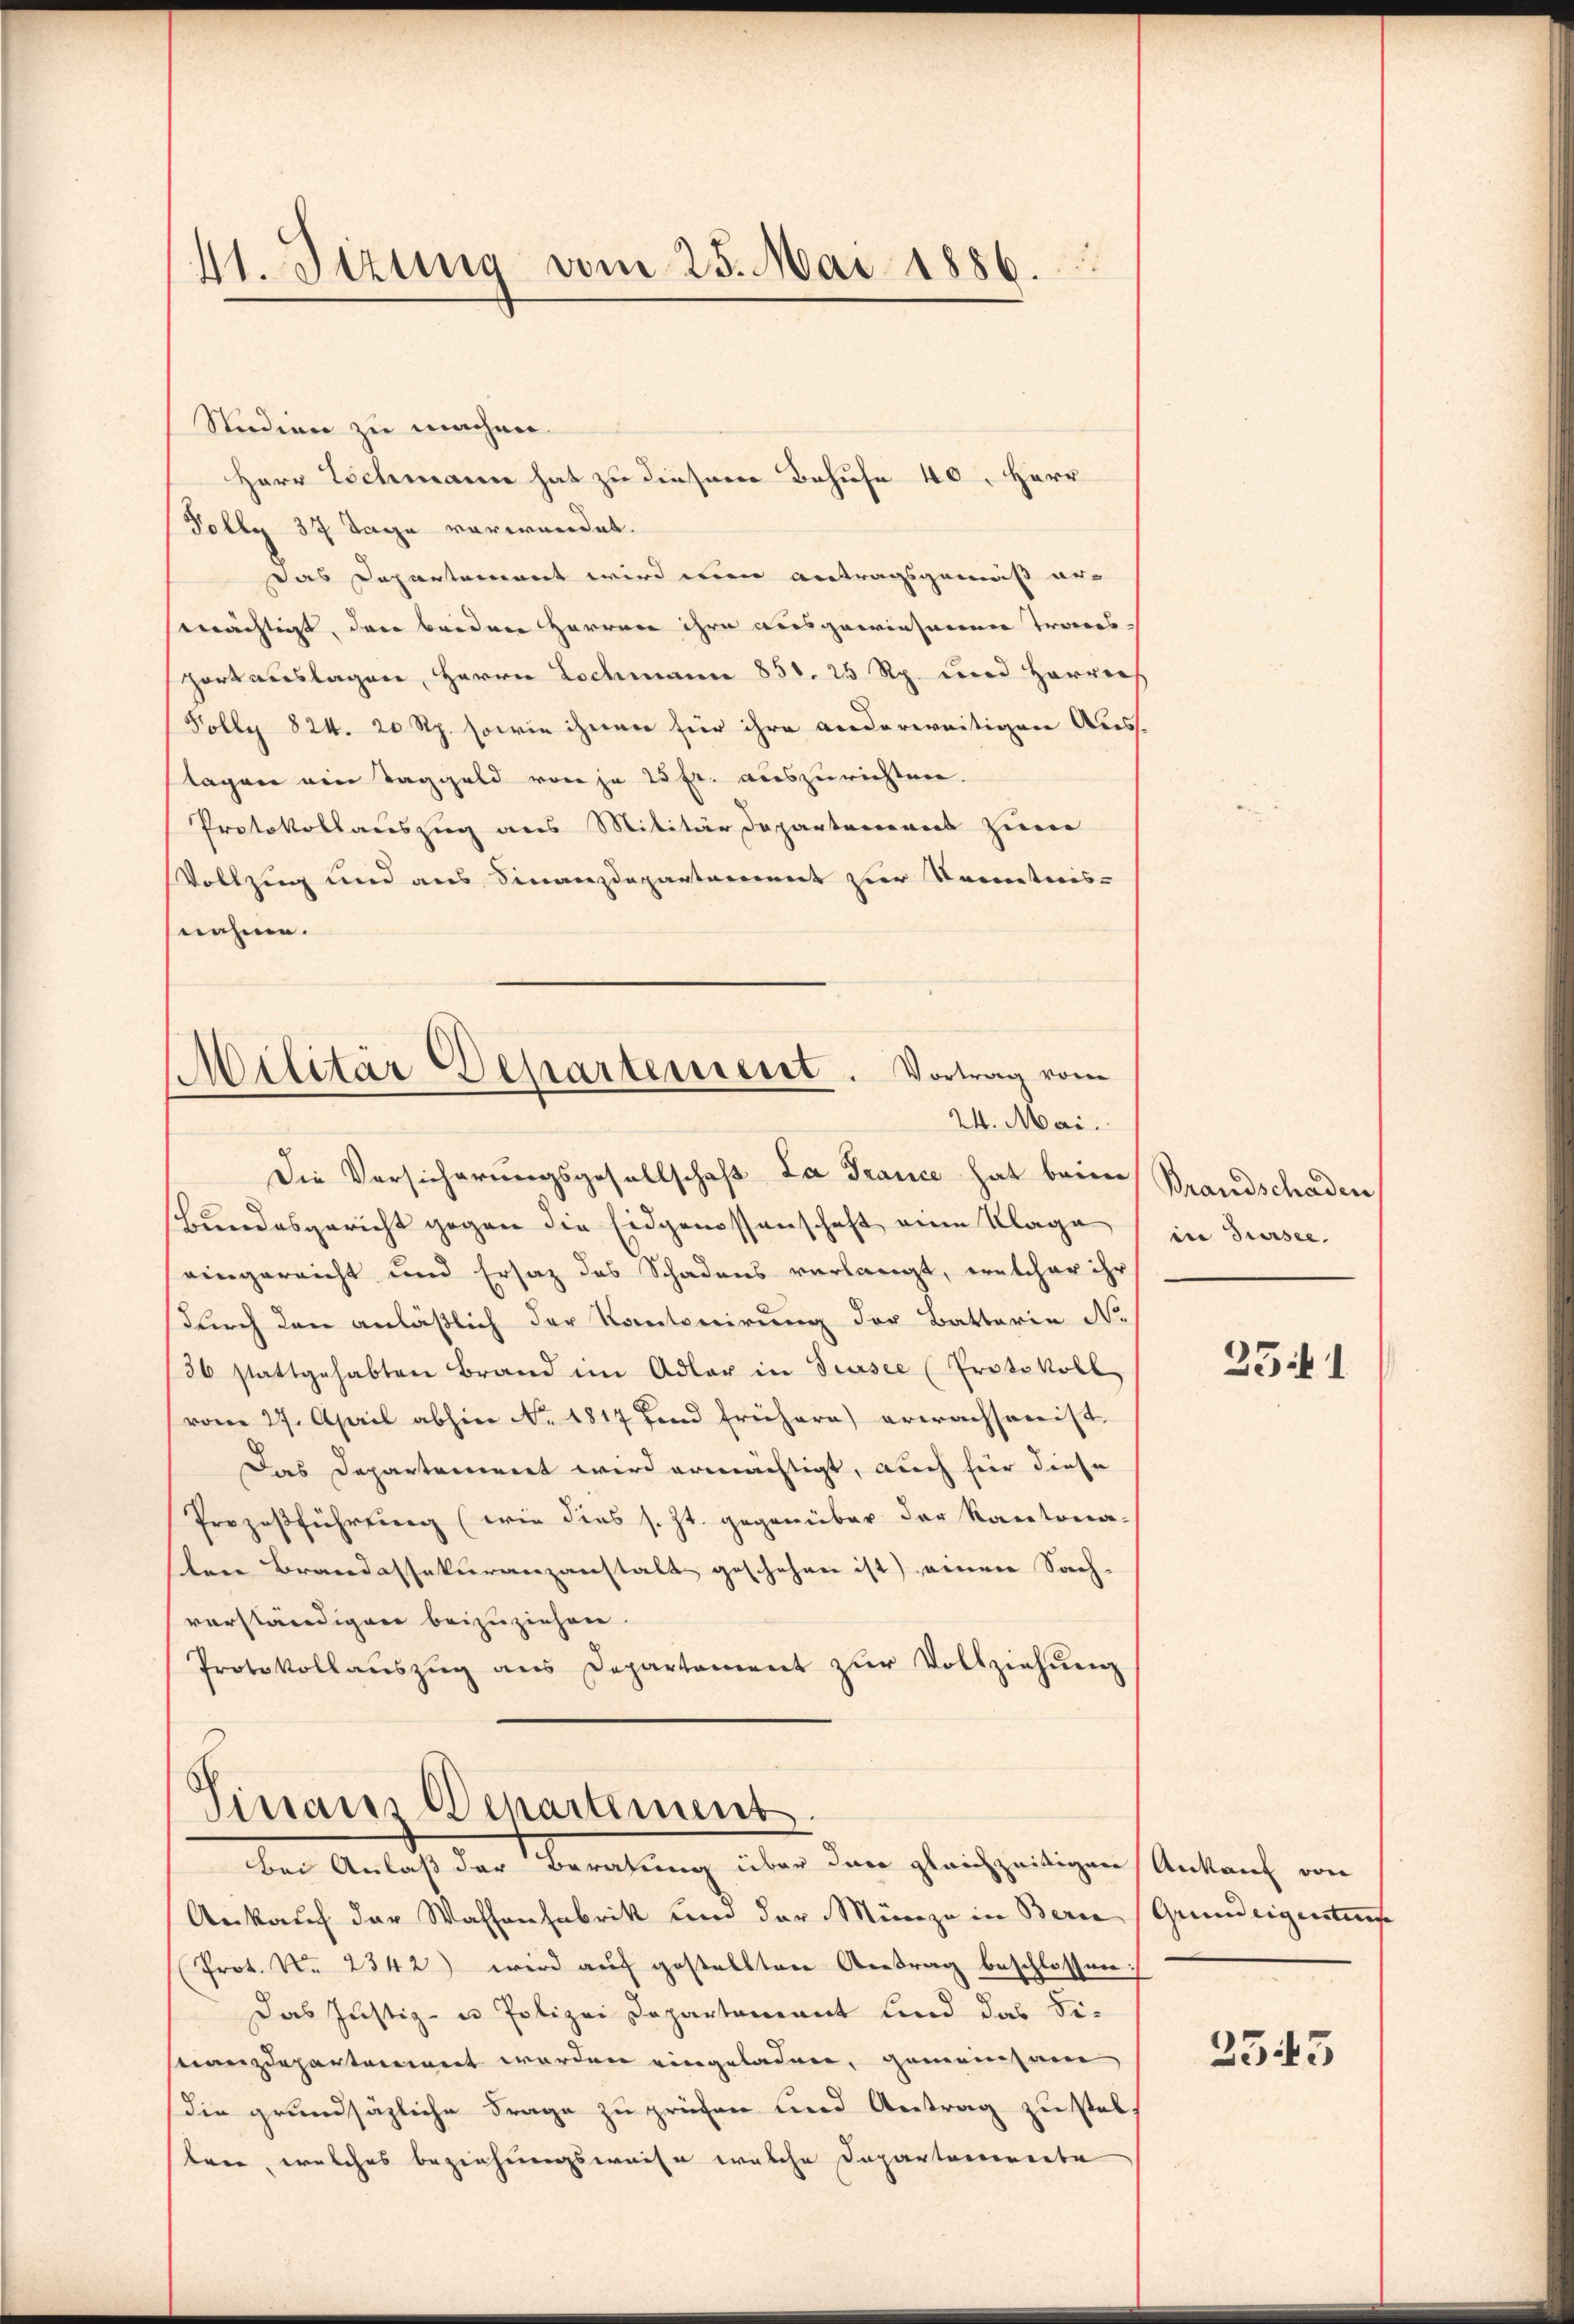
11. Jezung vom 25. Mai 1886.

Studien zu machen.
Herr Eschmann hat zu diesem Behufe 40. Herr
Polly 37 Tage verwendet.
Das Departement wird wenn antragsgemäß erswächtigt, das beiden Herren ihre ausgewiesenen Transportauslagen, Herrn Lochmann 851. 25 Rp. und Herren
Folly 824. 20 Rp. sowie ihnen für ihre anderweitigen Aus-
lagen ein Taggeld von je 25 fr. auszurichten.
Protokollauszug aus Militärdepartement zum
Vollzug und aus Finanzdepartement zur Kenntnis-
nahme.
Militär Departeniesst. Vortrag vom
24. Mai.
Die Vorsicherungsgesellschaft La Trance hat beim
Bundesgericht gegen die Eidgenossenschaft eine Klage
eingereicht und Ersatz des Schadens verlangt, welcher ihr
durch den anläßlich der Kantonirung der Batterie No
36 stattgehabten Brand im Adler in Sursee (Protokoll
vom 27. April abhin Nr. 1817 fand frühere) erwachsonist.
Das Departement wird ermächtigt, auch für diese
Prozeßführung (wie dies s. Zt. gegenüber der Kantona-
len Brandassekuranzanstalt geschehen ist) einen Sach-
vorständigen beizuziehen.
Protokollaŭszŭg ans Departament zŭr Vollziehŭng

Sinair Departement.
bei Anlass der Beratung über der gleichzeitigen Ankauf von

Ankauf der Wassenfabrik um der Münze in Bern (Grundeigentes
Prot. N. 2342) wird aŭf gestellten Antrag beschlossen:
Das Justiz- u Polizei Departement und das Finanzdepartement werden eingeladen, gemeinsam
Die grundsägliche Frage zu prüfen und Antrag zu stell
tree, welches beziehungsweise welche Departamierte

Brandschaden,
in Sursee.

251

2543